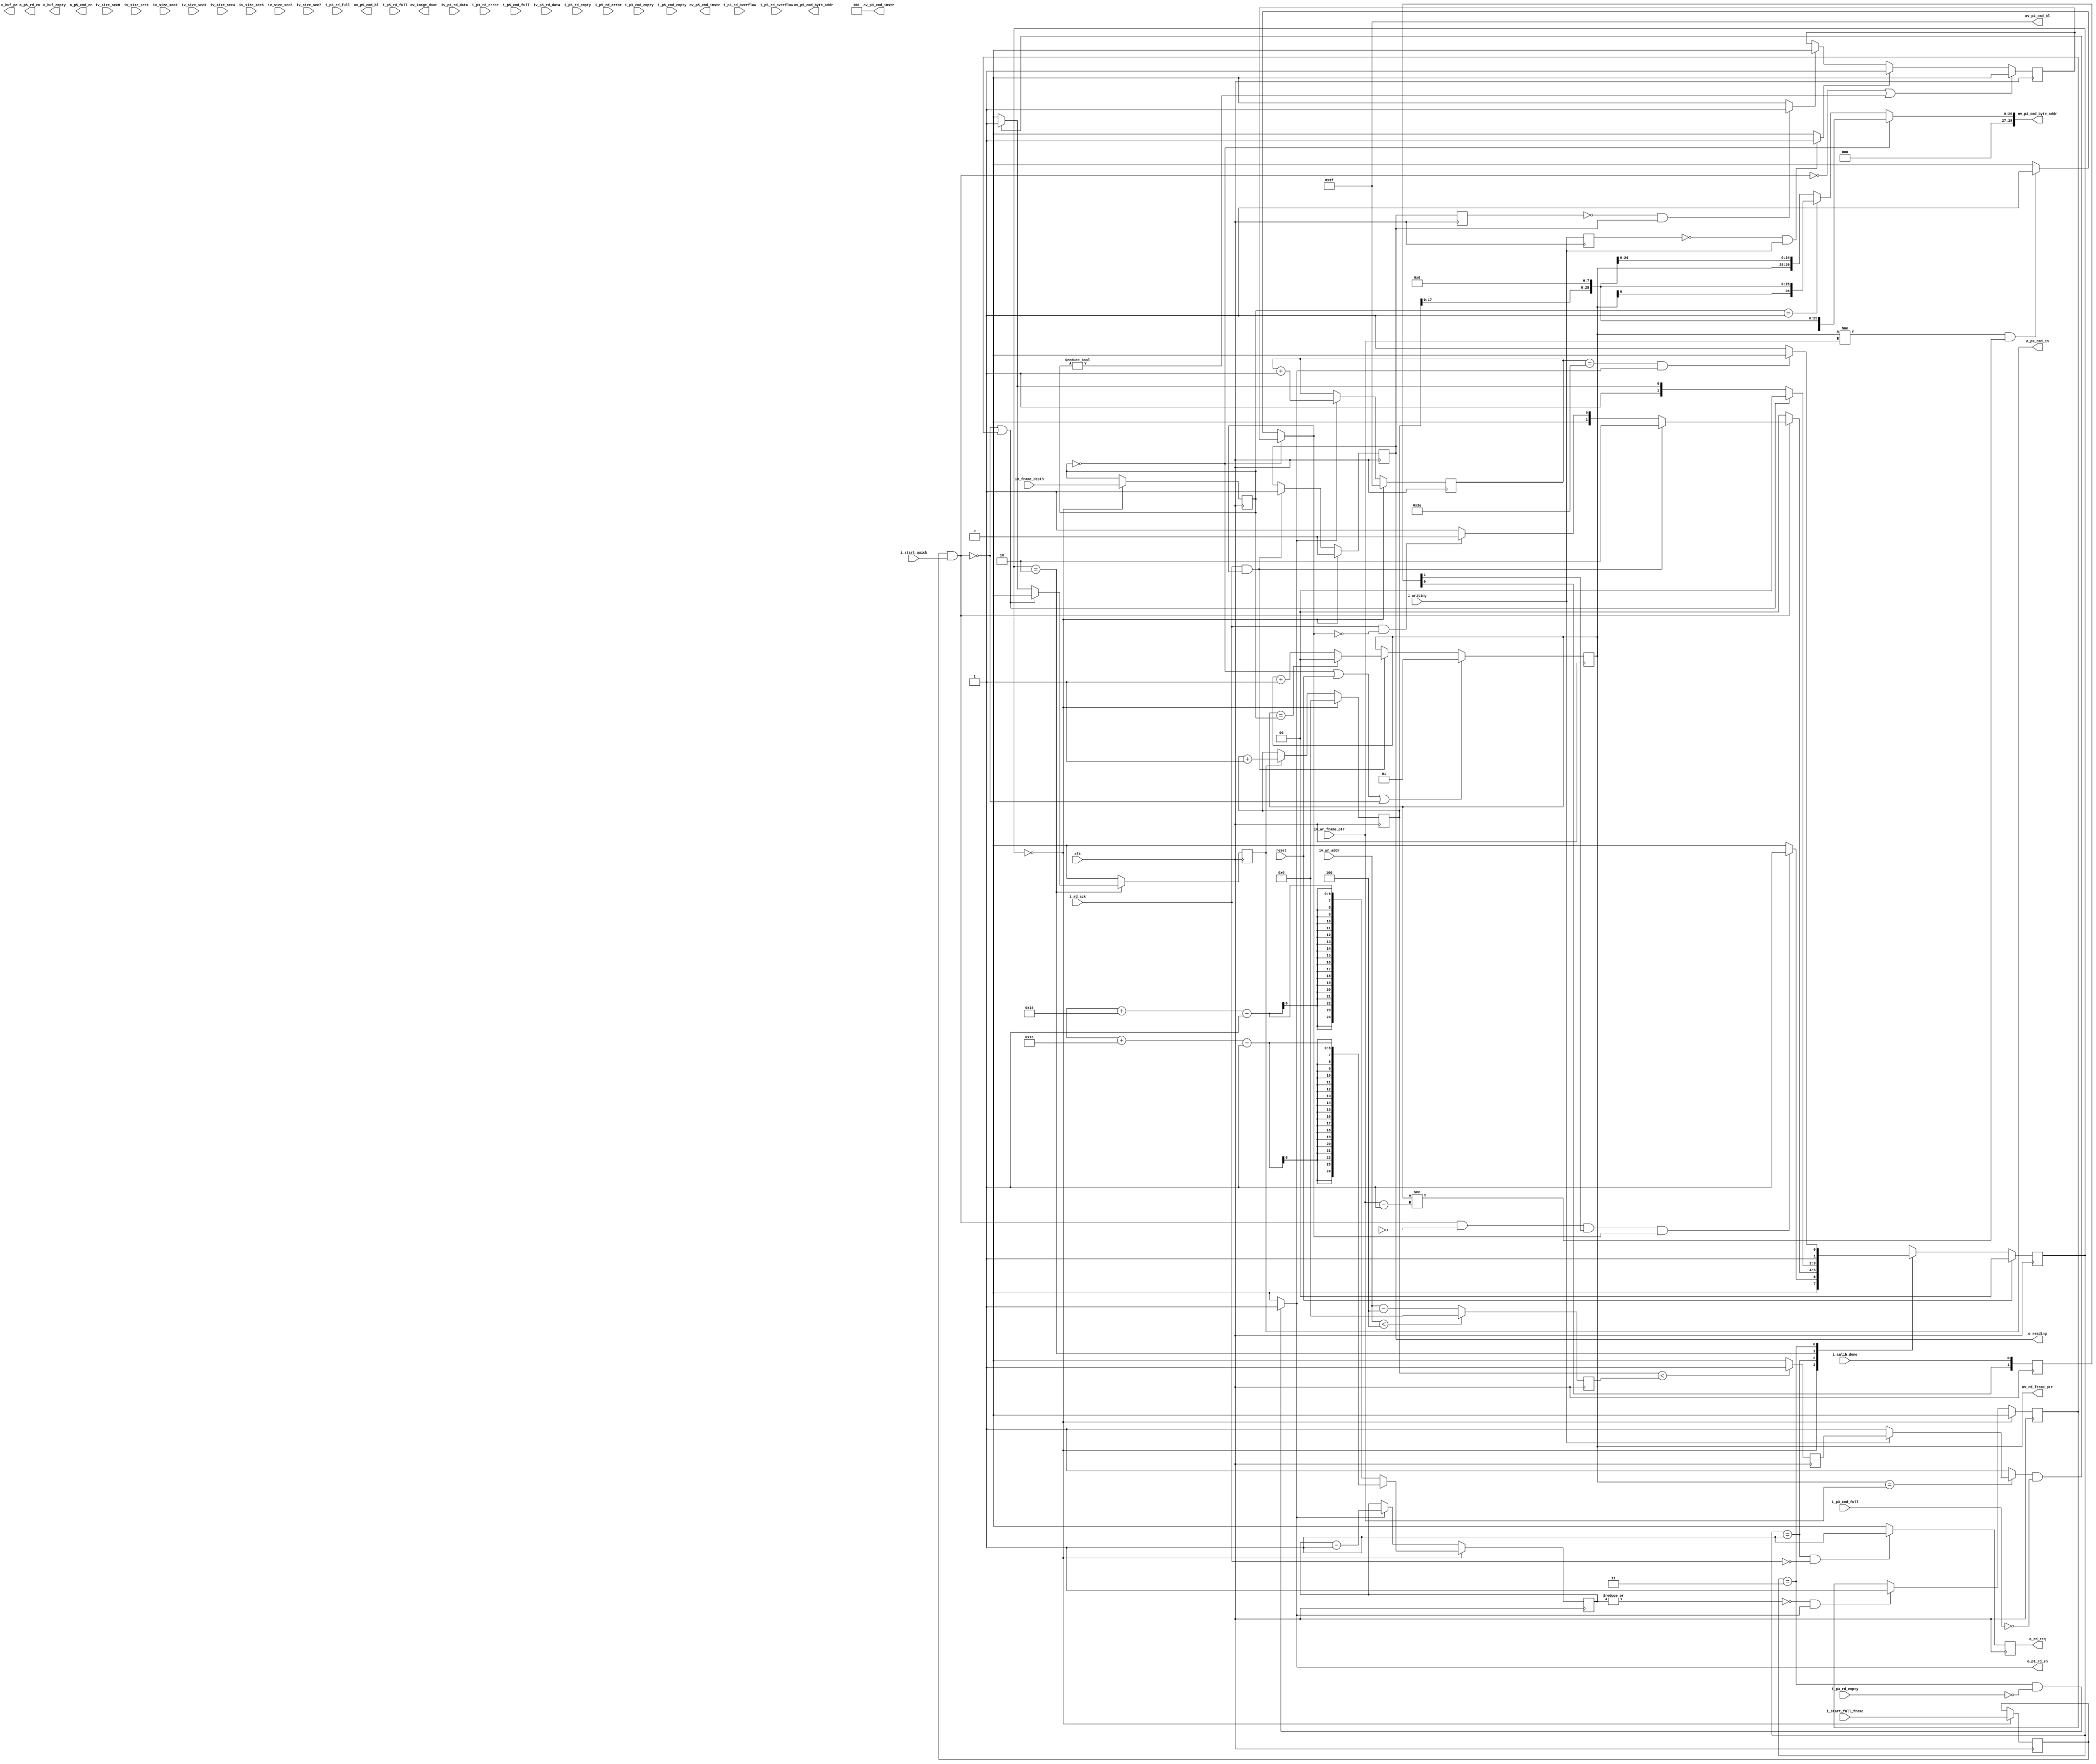
module rd_logic # (
	parameter		DATA_WIDTH			= 32		,	//ݿ
	parameter		PTR_WIDTH			= 2			,	//дָλ1-2֡ 2-4֡ 3-8֡ 4-16֡ 5-32֡
	parameter		RD_WR_WITH_PRE		= "FALSE"	,	//read write command end with precharge command
	parameter		DDR3_MEM_DENSITY	= "1Gb"		,	//DDR3  "1Gb" "512Mb"
	parameter		FRAME_SIZE_WIDTH	= 25		,	//һ֡СλDDR31Gbitʱ128Mbytemcb p3 λ32ʱ25λsize㹻
	parameter		TERRIBLE_TRAFFIC	= "TRUE"	,	//дTRUE-ͬʱдͬ֡ͬһַFALSE-ͬʱдͬһ֡ͬһַ
	parameter		SECTION_NUM			= 4				//ÿһ֡жٸΣÿζһʼַһʹλ
	)
	(
	//  -------------------------------------------------------------------------------------
	//  ʱ
	//  -------------------------------------------------------------------------------------
	input							clk						,	//ʱ
	input							reset					,	//ʱӸλź
	output							o_buf_empty				,	//FIFOգЧ
	output							o_buf_pe				,	//FIFO̿գЧ
	output	[DATA_WIDTH:0]			ov_image_dout			,	//FIFO33bit
	input	[PTR_WIDTH-1:0]			iv_frame_depth			,	//֡
	input							i_start_full_frame		,	//ʹܿأ֤һ֡
	input							i_start_quick			,	//ʹܿأͣ
	input	[18:0]					iv_size_sec0			,	//0εĴС
	input	[18:0]					iv_size_sec1			,	//1εĴС
	input	[18:0]					iv_size_sec2			,	//2εĴС
	input	[18:0]					iv_size_sec3			,	//3εĴС
	input	[18:0]					iv_size_sec4			,	//4εĴС
	input	[18:0]					iv_size_sec5			,	//5εĴС
	input	[18:0]					iv_size_sec6			,	//6εĴС
	input	[18:0]					iv_size_sec7			,	//7εĴС
	//  -------------------------------------------------------------------------------------
	//  ֡湤ʱ
	//  -------------------------------------------------------------------------------------
	output	[PTR_WIDTH-1:0]			ov_rd_frame_ptr			,	//ָ
	output							o_rd_req				,	//󣬸Ч
	input							i_rd_ack				,	//Ч
	output							o_reading				,	//ڶЧ
	input	[PTR_WIDTH-1:0]			iv_wr_frame_ptr			,	//дָ
	input	[18:0]					iv_wr_addr				,	//дַ
	input							i_writing				,	//дź
	//  -------------------------------------------------------------------------------------
	//  MCB˿
	//  -------------------------------------------------------------------------------------
	input							i_calib_done			,	//MCBУ׼ɣЧ

	output							o_p3_cmd_en				,	//MCB CMD дʹܣЧ
	output	[2:0]					ov_p3_cmd_instr			,	//MCB CMD ָ
	output	[5:0]					ov_p3_cmd_bl			,	//MCB CMD ͻ
	output	[29:0]					ov_p3_cmd_byte_addr		,	//MCB CMD ʼַ
	input							i_p3_cmd_empty			,	//MCB CMD գЧ
	input							i_p3_cmd_full			,	//MCB CMD Ч
	output							o_p3_rd_en				,	//MCB RD FIFO дʹܣЧ
	input	[DATA_WIDTH-1:0]		iv_p3_rd_data			,	//MCB RD FIFO 
	input							i_p3_rd_full			,	//MCB RD FIFO Ч
	input							i_p3_rd_empty			,	//MCB RD FIFO գЧ
	input							i_p3_rd_overflow		,	//MCB RD FIFO Ч
	input							i_p3_rd_error			,	//MCB RD FIFO Ч

	output							o_p5_cmd_en				,	//MCB CMD дʹܣЧ
	output	[2:0]					ov_p5_cmd_instr			,	//MCB CMD ָ
	output	[5:0]					ov_p5_cmd_bl			,	//MCB CMD ͻ
	output	[29:0]					ov_p5_cmd_byte_addr		,	//MCB CMD ʼַ
	input							i_p5_cmd_empty			,	//MCB CMD գЧ
	input							i_p5_cmd_full			,	//MCB CMD Ч
	output							o_p5_rd_en				,	//MCB RD FIFO дʹܣЧ
	input	[DATA_WIDTH-1:0]		iv_p5_rd_data			,	//MCB RD FIFO 
	input							i_p5_rd_full			,	//MCB RD FIFO Ч
	input							i_p5_rd_empty			,	//MCB RD FIFO գЧ
	input							i_p5_rd_overflow		,	//MCB RD FIFO Ч
	input							i_p5_rd_error			,	//MCB RD FIFO Ч
	);

	//	ref signals

	//FSM Parameter Define
	parameter	S_IDLE		= 2'd0;
	parameter	S_REQ		= 2'd1;
	parameter	S_CMD		= 2'd2;
	parameter	S_RD		= 2'd3;

	reg		[1:0]	current_state	= S_IDLE;
	reg		[1:0]	next_state		= S_IDLE;

	//FSM for sim
	// synthesis translate_off
	reg		[63:0]		state_ascii;
	always @ ( * ) begin
		case(current_state)
			2'd0 :	state_ascii	<= "S_IDLE";
			2'd1 :	state_ascii	<= "S_REQ";
			2'd2 :	state_ascii	<= "S_CMD";
			2'd3 :	state_ascii	<= "S_RD";
		endcase
	end
	// synthesis translate_on

	//	-------------------------------------------------------------------------------------
	//	̶
	//	1.ָ븴λֵ
	//	--ģʱдָĸλֵ1ָĸλֵ0
	//	2.MCBд
	//	--ĬϲprechargeʡһЩ
	//	-------------------------------------------------------------------------------------
	localparam	RD_FRAME_PTR_RESET_VALUE	= (TERRIBLE_TRAFFIC=="TRUE") ? 1 : 0;
	localparam	RD_CMD_INSTR				= (RD_WR_WITH_PRE=="TRUE") ? 3'b011 : 3'b001;

	reg		[1:0]					calib_done_shift 	= 2'b0;
	reg		[PTR_WIDTH-1:0]			frame_depth_reg 	= 1;
	reg								start_full_frame_int= 1'b0;
	wire							enable				;
	reg								enable_dly			= 1'b0;
	wire							enable_rise			;
	reg		[FRAME_SIZE_WIDTH-1:0]	frame_size_reg 		= {FRAME_SIZE_WIDTH{1'b0}};
	reg								frame_done_reg 		= 1'b0;
	wire							fifo_rd_int			;
	reg								writing_dly 		= 1'b0;
	wire							writing_rise		;
	reg								reading_dly 		= 1'b0;
	reg								reading 			= 1'b0;
	wire							reading_rise		;
	reg								fresh_frame 		= 1'b0;
	reg								able_to_read 		= 1'b0;
	reg		[PTR_WIDTH-1:0]			rd_frame_ptr 		= RD_FRAME_PTR_RESET_VALUE;
	reg								addr_less_int		= 1'b0;
	reg								fifo_rd_reg 		= 1'b0;
	reg		[5:0]					word_cnt 			= 6'b111111;
	reg		[18:0]					rd_addr 			= 19'b0;
	wire	[1:0]					ctrl_bit			;
	reg								rd_req_reg 			= 1'b0;
	reg								reading_reg 		= 1'b0;
	reg		[18:0]					wr_addr_sub 		= 19'b0;
	reg								addr_less 			= 1'b0;
	reg								rd_cmd_reg 			= 1'b0;
	reg								buf_dout32 			= 1'b0;
	reg								buf_dout32_sync 	= 1'b0;

	reg								back_buf_wr_en		= 1'b0;
	reg		[DATA_WIDTH:0]			back_buf_din		= {(DATA_WIDTH+1){1'b0}};


	//	ref ARCHITECTURE

	//	===============================================================================================
	//	ref ***ʱ ȡ***
	//	===============================================================================================
	//  -------------------------------------------------------------------------------------
	//  calib_done  mcb drp clk ʱ
	//  -------------------------------------------------------------------------------------
	always @ (posedge clk) begin
		calib_done_shift	<= {calib_done_shift[0],i_calib_done};
	end

	//	-------------------------------------------------------------------------------------
	//	жwriting
	//	-------------------------------------------------------------------------------------
	always @ (posedge clk) begin
		writing_dly	<= i_writing;
	end
	assign	writing_rise	= (writing_dly==1'b0 && i_writing==1'b1) ? 1'b1 : 1'b0;

	//	-------------------------------------------------------------------------------------
	//	жwriting
	//	-------------------------------------------------------------------------------------
	always @ (posedge clk) begin
		reading_dly	<= reading_reg;
	end
	assign	reading_rise	= (reading_dly==1'b0 && reading_reg==1'b1) ? 1'b1 : 1'b0;

	//	===============================================================================================
	//	ref ***ĴЧʱ***
	//	===============================================================================================
	//	-------------------------------------------------------------------------------------
	//	frame_depth_reg ֡ȼĴ
	//	1.ڿ״̬ frame_depth
	//	-------------------------------------------------------------------------------------
	always @ (posedge clk) begin
		if(current_state==S_IDLE) begin
			frame_depth_reg		<= iv_frame_depth;
		end
	end

	//	-------------------------------------------------------------------------------------
	//	֡С
	//	1.idle״̬Ϣ
	//	--chunkʱleader=52byte trailer=32byte
	//	--رchunkʱleader=52byte trailer=36byte
	//	2.ÿһζ-1
	//	3.һburstݴʵʱframe size regѾ֡־Ҳν
	//	-------------------------------------------------------------------------------------
	always @ (posedge clk) begin
		if(current_state==S_IDLE) begin
			if(!i_chunk_mode_active) begin
				frame_size_reg	<= iv_frame_size + 8'd21 - 1'b1;
			end
			else begin
				frame_size_reg	<= iv_frame_size + 8'd22 - 1'b1;
			end
		end
		else if(fifo_rd_int==1'b1) begin
			frame_size_reg	<= frame_size_reg - 1'b1;
		end
	end

	//  -------------------------------------------------------------------------------------
	//  ֡ʹڲź
	//	1.ֻidle״̬²֡ʹź
	//  -------------------------------------------------------------------------------------
	always @ (posedge clk) begin
		if(current_state==S_IDLE) begin
			start_full_frame_int	<= i_start_full_frame;
		end
	end

	//  -------------------------------------------------------------------------------------
	//	ʹź
	//	1.ʹźŵΪյʹź
	//  -------------------------------------------------------------------------------------
	assign	enable	= start_full_frame_int & i_start_quick;

	//  -------------------------------------------------------------------------------------
	//	ʹź 
	//  -------------------------------------------------------------------------------------
	always @ (posedge clk) begin
		enable_dly	<= enable;
	end
	assign	enable_rise	= (enable_dly==1'b0 && enable==1'b1) ? 1'b1 : 1'b0;

	//	===============================================================================================
	//	ref ***FIFO MCB ***
	//	===============================================================================================
	//	-------------------------------------------------------------------------------------
	//	
	//	1.ڶ״̬ʱ򣬲ſԷ
	//	2.
	//	--ʹܹرջһ֡ʱ
	//	--£ ַ  p3 cmd fifo  ʱԷ
	//	-------------------------------------------------------------------------------------
	always @ (posedge clk) begin
		if(current_state==S_CMD) begin
			if(enable==1'b0 || frame_done_reg==1'b1) begin
				rd_cmd_reg	<= 1'b0;
			end
			else if(addr_less_int==1'b1 && i_p3_cmd_full==1'b0) begin
				rd_cmd_reg	<= 1'b1;
			end
			else begin
				rd_cmd_reg	<= 1'b0;
			end
		end
		else begin
			rd_cmd_reg	<= 1'b0;
		end
	end
	assign	o_p3_cmd_en		= rd_cmd_reg;

	//	-------------------------------------------------------------------------------------
	//	
	//	1.ÿζĳȹ̶Ϊ64
	//	2.֡βһburstݣҪⲿ
	//	-------------------------------------------------------------------------------------
	assign	ov_p3_cmd_bl 	= 6'b111111;

	//	-------------------------------------------------------------------------------------
	//	ָ
	//	1.ݲ壬2ʽ
	//	-------------------------------------------------------------------------------------
	assign	ov_p3_cmd_instr	= RD_CMD_INSTR;

	//  -------------------------------------------------------------------------------------
	//	ַ
	//	1.UG388 pg63 Եֲַϸ
	//	2.ֲַֻddr3ĴСй
	//	3.ÿζдĳ256yteˣ8bit̶Ϊ0
	//	4.512MbĴСַҪһλ
	//	5.֡Ȳһʱÿһ֡Իǲͬ
	//  -------------------------------------------------------------------------------------
	//	-------------------------------------------------------------------------------------
	//	֡2֡
	//	-------------------------------------------------------------------------------------
	generate
		if(PTR_WIDTH==1 && DDR3_MEM_DENSITY=="512Mb") begin
			assign	ov_p3_cmd_byte_addr	=
			(frame_depth_reg==1'd0) ? {{4'b0},rd_addr[17:0],{8'b0}} : 	//֡
			{{4'b0},rd_frame_ptr[0],rd_addr[16:0],{8'b0}}	;			//2֡
		end
		else if(PTR_WIDTH==1 && DDR3_MEM_DENSITY=="1Gb") begin
			assign	ov_p3_cmd_byte_addr	=
			(frame_depth_reg==1'd0) ? {{3'b0},rd_addr[18:0],{8'b0}} : 	//֡
			{{3'b0},rd_frame_ptr[0],rd_addr[17:0],{8'b0}}	;			//2֡
		end
	endgenerate

	//	-------------------------------------------------------------------------------------
	//	֡4֡
	//	-------------------------------------------------------------------------------------
	generate
		if(PTR_WIDTH==2 && DDR3_MEM_DENSITY=="512Mb") begin
			assign	ov_p3_cmd_byte_addr	=
			(frame_depth_reg==2'd0) ? {{4'b0},rd_addr[17:0],{8'b0}} : 					//֡
			(frame_depth_reg==2'd1) ? {{4'b0},rd_frame_ptr[0],rd_addr[16:0],{8'b0}} : 	//2֡
			{{4'b0},rd_frame_ptr[1:0],rd_addr[15:0],{8'b0}}	;							//3 4 ֡
		end
		else if(PTR_WIDTH==2 && DDR3_MEM_DENSITY=="1Gb") begin
			assign	ov_p3_cmd_byte_addr	=
			(frame_depth_reg==2'd0) ? {{3'b0},rd_addr[18:0],{8'b0}} : 					//֡
			(frame_depth_reg==2'd1) ? {{3'b0},rd_frame_ptr[0],rd_addr[17:0],{8'b0}} : 	//2֡
			{{3'b0},rd_frame_ptr[1:0],rd_addr[16:0],{8'b0}}	;							//3 4 ֡
		end
	endgenerate

	//	-------------------------------------------------------------------------------------
	//	֡8֡
	//	-------------------------------------------------------------------------------------
	generate
		if(PTR_WIDTH==3 && DDR3_MEM_DENSITY=="512Mb") begin
			assign	ov_p3_cmd_byte_addr	=
			(frame_depth_reg==3'd0) ? {{4'b0},rd_addr[17:0],{8'b0}} : 												//֡
			(frame_depth_reg==3'd1) ? {{4'b0},rd_frame_ptr[0],rd_addr[16:0],{8'b0}} : 								//2֡
			(frame_depth_reg==3'd2 || frame_depth_reg==3'd3) ? {{4'b0},rd_frame_ptr[1:0],rd_addr[15:0],{8'b0}} :	//3 4 ֡
			{{4'b0},rd_frame_ptr[2:0],rd_addr[14:0],{8'b0}};														//5 - 8 ֡
		end
		else if(PTR_WIDTH==3 && DDR3_MEM_DENSITY=="1Gb") begin
			assign	ov_p3_cmd_byte_addr	=
			(frame_depth_reg==3'd0) ? {{3'b0},rd_addr[18:0],{8'b0}} : 												//֡
			(frame_depth_reg==3'd1) ? {{3'b0},rd_frame_ptr[0],rd_addr[17:0],{8'b0}} : 								//2֡
			(frame_depth_reg==3'd2 || frame_depth_reg==3'd3) ? {{3'b0},rd_frame_ptr[1:0],rd_addr[16:0],{8'b0}} :	//3 4 ֡
			{{3'b0},rd_frame_ptr[2:0],rd_addr[15:0],{8'b0}};														//5 - 8 ֡
		end
	endgenerate

	//	-------------------------------------------------------------------------------------
	//	֡16֡
	//	-------------------------------------------------------------------------------------
	generate
		if(PTR_WIDTH==4 && DDR3_MEM_DENSITY=="512Mb") begin
			assign	ov_p3_cmd_byte_addr	=
			(frame_depth_reg==4'd0) ? {{4'b0},rd_addr[17:0],{8'b0}} : 												//֡
			(frame_depth_reg==4'd1) ? {{4'b0},rd_frame_ptr[0],rd_addr[16:0],{8'b0}} : 								//2֡
			(frame_depth_reg==4'd2 || frame_depth_reg==4'd3) ? {{4'b0},rd_frame_ptr[1:0],rd_addr[15:0],{8'b0}} :	//3 4 ֡
			(frame_depth_reg>=4'd4 && frame_depth_reg<=4'd7) ? {{4'b0},rd_frame_ptr[2:0],rd_addr[14:0],{8'b0}} :	//5 - 8 ֡
			{{4'b0},rd_frame_ptr[3:0],rd_addr[13:0],{8'b0}};														//9 - 16 ֡
		end
		else if(PTR_WIDTH==4 && DDR3_MEM_DENSITY=="1Gb") begin
			assign	ov_p3_cmd_byte_addr	=
			(frame_depth_reg==4'd0) ? {{3'b0},rd_addr[18:0],{8'b0}} : 												//֡
			(frame_depth_reg==4'd1) ? {{3'b0},rd_frame_ptr[0],rd_addr[17:0],{8'b0}} : 								//2֡
			(frame_depth_reg==4'd2 || frame_depth_reg==4'd3) ? {{3'b0},rd_frame_ptr[1:0],rd_addr[16:0],{8'b0}} :	//3 4 ֡
			(frame_depth_reg>=4'd4 && frame_depth_reg<=4'd7) ? {{3'b0},rd_frame_ptr[2:0],rd_addr[15:0],{8'b0}} :	//5 - 8 ֡
			{{3'b0},rd_frame_ptr[3:0],rd_addr[14:0],{8'b0}};														//9 - 16 ֡
		end
	endgenerate

	//	-------------------------------------------------------------------------------------
	//	֡32֡
	//	-------------------------------------------------------------------------------------
	generate
		if(PTR_WIDTH==5 && DDR3_MEM_DENSITY=="512Mb") begin
			assign	ov_p3_cmd_byte_addr	=
			(frame_depth_reg==5'd0) ? {{4'b0},rd_addr[17:0],{8'b0}} : 												//֡
			(frame_depth_reg==5'd1) ? {{4'b0},rd_frame_ptr[0],rd_addr[16:0],{8'b0}} : 								//2֡
			(frame_depth_reg==5'd2 || frame_depth_reg==5'd3) ? {{4'b0},rd_frame_ptr[1:0],rd_addr[15:0],{8'b0}} :	//3 4 ֡
			(frame_depth_reg>=5'd4 && frame_depth_reg<=5'd7) ? {{4'b0},rd_frame_ptr[2:0],rd_addr[14:0],{8'b0}} :	//5 - 8 ֡
			(frame_depth_reg>=5'd8 && frame_depth_reg<=5'd15) ? {{4'b0},rd_frame_ptr[3:0],rd_addr[13:0],{8'b0}} :	//9 - 16 ֡
			{{4'b0},rd_frame_ptr[4:0],rd_addr[12:0],{8'b0}};														//17 - 32 ֡
		end
		else if(PTR_WIDTH==5 && DDR3_MEM_DENSITY=="1Gb") begin
			assign	ov_p3_cmd_byte_addr	=
			(frame_depth_reg==5'd0) ? {{3'b0},rd_addr[18:0],{8'b0}} : 												//֡
			(frame_depth_reg==5'd1) ? {{3'b0},rd_frame_ptr[0],rd_addr[17:0],{8'b0}} : 								//2֡
			(frame_depth_reg==5'd2 || frame_depth_reg==5'd3) ? {{3'b0},rd_frame_ptr[1:0],rd_addr[16:0],{8'b0}} :	//3 4 ֡
			(frame_depth_reg>=5'd4 && frame_depth_reg<=5'd7) ? {{3'b0},rd_frame_ptr[2:0],rd_addr[15:0],{8'b0}} :	//5 - 8 ֡
			(frame_depth_reg>=5'd8 && frame_depth_reg<=5'd15) ? {{3'b0},rd_frame_ptr[3:0],rd_addr[14:0],{8'b0}} :	//9 - 16 ֡
			{{3'b0},rd_frame_ptr[4:0],rd_addr[13:0],{8'b0}};														//17 - 32 ֡
		end
	endgenerate

	//	-------------------------------------------------------------------------------------
	//	mcb rd fifo 
	//	1.rd״̬
	//	2.mcb rd fifo գfifo
	//	-------------------------------------------------------------------------------------
//	assign	fifo_rd_int		= (current_state==S_RD && i_p3_rd_empty==1'b0 && i_buf_full==1'b0) ? 1'b1 : 1'b0;
	assign	fifo_rd_int		= (current_state==S_RD && i_p3_rd_empty==1'b0) ? 1'b1 : 1'b0;
	assign	o_p3_rd_en		= fifo_rd_int;

	//  -------------------------------------------------------------------------------------
	//  MCB fifo дź
	//	1. mcb rd FIFO źͬԴ
	//	2.mcb rd FIFO first word fall throughص㣬յʱ򣬵һѾŵ˿
	//	3.һburstпܻжݶҪΣдfifo
	//	4.⣬ҪдλԱʶ֡ͷ֡β
	//  -------------------------------------------------------------------------------------
	always @ (posedge clk) begin
		if((fifo_rd_int==1'b1 && frame_done_reg==1'b0) || ctrl_bit[1]==1'b1) begin
			back_buf_wr_en	<= 1'b1;
		end
		else begin
			back_buf_wr_en	<= 1'b0;
		end
	end
	assign	o_buf_wr_en	= back_buf_wr_en;

	//	-------------------------------------------------------------------------------------
	//	֡ͷ֡βĿַ
	//	1.һ֡ʼʱctrl_bit=2'b11ʾ֡ͷ
	//	2.һ֡βʱctrl_bit=2'b10ʾ֡β
	//	-------------------------------------------------------------------------------------
	assign	ctrl_bit		= (current_state==S_REQ && i_rd_ack==1'b1 && able_to_read==1'b1) ? 2'b11 :
	(current_state==S_CMD && (enable==1'b0 || frame_done_reg==1'b1)) ? 2'b10 : 2'b00;

	//	-------------------------------------------------------------------------------------
	//	FIFO
	//	1.λ32+1λ image_valid. 1-ͼ 0-
	//	2.ctrl_bit[1]==1˵֡ͷ֡βı־
	//	--дݵbit0ʾ֡ͷ֡βbit0=1 - ֡ͷbit0=0 - ֡β
	//	3.ctrl_bit[1]==0˵ݡ
	//	-------------------------------------------------------------------------------------
	always @ (posedge clk) begin
		if(ctrl_bit[1]) begin
			back_buf_din	<= {1'b0,{(DATA_WIDTH-1){1'b0}},ctrl_bit[0]};
		end
		else begin
			back_buf_din	<= {1'b1,iv_p3_rd_data};
		end
	end
	assign	ov_buf_din	= back_buf_din;

	//  -------------------------------------------------------------------------------------
	//  FIFOλ
	//	1	ڽյʹźЧ֮Ҫģݶˣģͣ
	//	2	֡ģյʹź֮󣬲ܺfifoḴλfifo
	//	3	ֻλ
	//  -------------------------------------------------------------------------------------
	//	//	**************1**************
	//	//	FIFOλ
	//	//	1.λЧ
	//	//	2.1 ģ鴦IDLE״̬ҴʱʹźΪЧ
	//	//	2.2 FIFOѾ
	//	//	2.3	ģѾ֡β
	//	//	2.2 2.3Ǳ֤ڸλFIFO֮ǰģһ֡ݶ
	//	assign	o_reset_back_buf	= (~frame_en_int & back_buf_empty_dly1 & buf_dout32_sync) | reset;

	//	//	**************2**************
	//	//	FIFO״̬ڿ״̬жϵʹȡͻὫFIFO
	//	assign	o_reset_back_buf	= ~frame_en_int;

	//	**************3**************
	assign	o_reset_back_buf	= reset | enable_rise;

	//	===============================================================================================
	//	ref ***ź***
	//	===============================================================================================
	//  -------------------------------------------------------------------------------------
	//  
	//	1.req״̬Ҷ=0ʱ
	//  -------------------------------------------------------------------------------------
	always @ (posedge clk) begin
		if(current_state==S_REQ && i_rd_ack==1'b0) begin
			rd_req_reg	<= 1'b1;
		end
		else begin
			rd_req_reg	<= 1'b0;
		end
	end
	assign	o_rd_req	= rd_req_reg;

	//  -------------------------------------------------------------------------------------
	//  ڶ
	//	1.idle״̬ʱڶź
	//	2.ʱź
	//  -------------------------------------------------------------------------------------
	always @ (posedge clk) begin
		if(current_state==S_IDLE) begin
			reading_reg	<= 1'b0;
		end
		else if(i_rd_ack==1'b1 && able_to_read==1'b1) begin
			reading_reg	<= 1'b1;
		end
	end
	assign	o_reading	= reading_reg;

	//	===============================================================================================
	//	ref ***֡׷ϲ***
	//	===============================================================================================
	//	-------------------------------------------------------------------------------------
	//	ȥ4֮дַ
	//	1.д cmd fifoܻ4˼д˿ڷǰдַ-4ַͲᳬдַ
	//	-------------------------------------------------------------------------------------
	always @ (posedge clk) begin
		if(iv_wr_addr[18:0]<4) begin
			wr_addr_sub	<= 19'b0;
		end
		else begin
			wr_addr_sub	<= iv_wr_addr - 4;
		end
	end

	//	-------------------------------------------------------------------------------------
	//	ַж
	//	1.дͬһ֡ʱ򣬶ַҪСдַ
	//	2.p2ڿգ˵ѾѵǰĶַͳȥ
	//	-------------------------------------------------------------------------------------
	always @ (posedge clk) begin
		if(rd_addr[18:0] < wr_addr_sub[18:0]) begin
			addr_less	<= 1'b1;
		end
		else begin
			addr_less	<= 1'b0;
		end
	end

	//	-------------------------------------------------------------------------------------
	//	ĵַж
	//	1.дָͬʱдaddr_less_int
	//	2.дָͬʱûд
	//	3.дָ벻ͬʱ
	//	-------------------------------------------------------------------------------------
	always @ ( * ) begin
		if(rd_frame_ptr==iv_wr_frame_ptr) begin
			if(i_writing) begin
				addr_less_int	<= addr_less;
			end
			else begin
				addr_less_int	<= 1'b1;
			end
		end
		else begin
			addr_less_int	<= 1'b1;
		end
	end

	//  -------------------------------------------------------------------------------------
	//  ֡߼Уǰ֡ǷЧźš
	//	1.ʹܹرջ֡Ȳ1֡ʱfresh_frame
	//	2.£writingʱfresh_frame=1ʾݿɶ
	//	3.£readingʱfresh_frame=0ʾѾȡǰ֡
	//  -------------------------------------------------------------------------------------
	always @ (posedge clk) begin
		if(!enable || frame_depth_reg!=0) begin
			fresh_frame	<= 1'b0;
		end
		else begin
			if(writing_rise == 1'b1) begin
				fresh_frame	<= 1'b1;
			end
			else if(reading_rise == 1'b1) begin
				fresh_frame	<= 1'b0;
			end
		end
	end

	//	-------------------------------------------------------------------------------------
	//	ӵʱͬʱдͬһ֡
	//	-------------------------------------------------------------------------------------
	generate
		if(TERRIBLE_TRAFFIC=="TRUE") begin
			//	-------------------------------------------------------------------------------------
			//	ź
			//	1.֡ǵ֡ʱfresh_frameǷԶµһ֡
			//	2.֡Ƕ֡ʱָ!=дָҶָ!=дָ-1˵µݿԶҲ뵽дָ
			//	-------------------------------------------------------------------------------------
			always @ ( * ) begin
				if(frame_depth_reg==0) begin
					able_to_read		<= fresh_frame;
				end
				else begin
					if(rd_frame_ptr!=iv_wr_frame_ptr && rd_frame_ptr!=(iv_wr_frame_ptr-1'b1)) begin
						able_to_read	<= 1'b1;
					end
					else begin
						able_to_read	<= 1'b0;
					end
				end
			end
		end
		else begin
			//	-------------------------------------------------------------------------------------
			//	ź
			//	1.֡ǵ֡ʱfresh_frameǷԶµһ֡
			//	2.֡Ƕ֡ʱָ!=дָ룬˵µݿԶͿԶµһ֡
			//	-------------------------------------------------------------------------------------
			always @ ( * ) begin
				if(frame_depth_reg==0) begin
					able_to_read		<= fresh_frame;
				end
				else begin
					if(rd_frame_ptr!=iv_wr_frame_ptr) begin
						able_to_read	<= 1'b1;
					end
					else begin
						able_to_read	<= 1'b0;
					end
				end
			end
		end
	endgenerate

	//	===============================================================================================
	//	ref ***ݡַ***
	//	===============================================================================================
	//	-------------------------------------------------------------------------------------
	//	word_cnt һburst
	//	1.һburstļ64
	//	2.ҪжresetΪreset=1ͻidle״̬
	//	3.һ֡ʼʱռrd_adddrһͬ㡣
	//	-------------------------------------------------------------------------------------
	always @ (posedge clk) begin
		if(current_state==S_IDLE) begin
			word_cnt	<= 6'b111111;
		end
		else if(fifo_rd_int == 1'b1) begin
			word_cnt	<= word_cnt + 1'b1;
		end
	end

	//	-------------------------------------------------------------------------------------
	//	һ֡ź
	//	1.idleʱframe_done_reg=0
	//	2.ݶʱframe_done_reg=1
	//	-------------------------------------------------------------------------------------
	always @ (posedge clk) begin
		if(current_state==S_IDLE) begin
			frame_done_reg	<= 1'b0;
		end
		else if(|frame_size_reg==1'b0 && fifo_rd_int==1'b1) begin
			frame_done_reg	<= 1'b1;
		end
	end

	//  -------------------------------------------------------------------------------------
	//  RD ADDR
	//	1.idleʱַλ
	//	2.ÿ1ַۼ
	//  -------------------------------------------------------------------------------------
	always @ (posedge clk) begin
		if(current_state==S_IDLE) begin
			rd_addr	<= 19'b0;
		end
		else if(rd_cmd_reg==1'b1) begin
			rd_addr	<= rd_addr + 1'b1;
		end
	end

	//	-------------------------------------------------------------------------------------
	//	ָ߼
	//	1.֡1֡߸λźЧʹЧʱָ븴λ
	//	2.£д=1ҿԶ(дָ벻һ)ָ
	//	-------------------------------------------------------------------------------------
	always @ (posedge clk) begin
		if(frame_depth_reg==0 || reset==1'b1 || enable==1'b0) begin
			rd_frame_ptr	<= RD_FRAME_PTR_RESET_VALUE;
		end
		else begin
			if(i_rd_ack==1'b1 && able_to_read==1'b1) begin
				if(rd_frame_ptr==frame_depth_reg) begin
					rd_frame_ptr	<= 0;
				end
				else begin
					rd_frame_ptr	<= rd_frame_ptr + 1'b1;
				end
			end
		end
	end
	assign	ov_rd_frame_ptr		= rd_frame_ptr;

	//  -------------------------------------------------------------------------------------
	//	ref FSM ״̬߼
	//  -------------------------------------------------------------------------------------
	//FSM Sequential Logic
	always @ (posedge clk) begin
		if(reset==1'b1) begin
			current_state	<= S_IDLE;
		end
		else begin
			current_state	<= next_state;
		end
	end

	//FSM Conbinatial Logic
	always @ ( * ) begin
		case(current_state)
			//	-------------------------------------------------------------------------------------
			//	IDLE״̬
			//	1.ʼһ֡дĳҪһ
			//	--ʹܴ
			//	--fifo㹻256byte
			//	--DDR3У
			//	--able_to_read һԭǱ IDLE״̬REQ״̬Ƶת
			//	2.״ֻ̬֮һ֡˻߸λܻصIDLE״̬
			//	-------------------------------------------------------------------------------------
			S_IDLE :
			if(enable==1'b1 && i_buf_pf==1'b0 && calib_done_shift[1]==1'b1 && able_to_read==1'b1) begin
				next_state	<= S_REQ;
			end
			else begin
				next_state	<= S_IDLE;
			end
			//	-------------------------------------------------------------------------------------
			//	״̬
			//	1.Ϊ˱дͬʱ빤״̬ҪJUDGEģ
			//	2.ACK1clkжϣݵǰĶд״̬֡ԣǷпɶ֡
			//	3.ʹʱidle
			//	4.ʹʱ
			//	--ԶCMD״̬
			//	--ܶ򷵻idle
			//	5.judgeûзȴ
			//	-------------------------------------------------------------------------------------
			S_REQ :
			if(!enable) begin
				next_state	<= S_IDLE;
			end
			else begin
				if(i_rd_ack==1'b1 && able_to_read==1'b1) begin
					next_state	<= S_CMD;
				end
				else if(i_rd_ack==1'b1 && able_to_read==1'b0) begin
					next_state	<= S_IDLE;
				end
				else begin
					next_state	<= S_REQ;
				end
			end
			//	-------------------------------------------------------------------------------------
			//	״̬
			//	1.ʹܹرջһ֡ʱ򣬲Ҫصidle״̬
			//	2.ʹܴʱ
			//	--дͬһַ֡ҪСдַ(addr_less_int)
			//	--p3 cmd fifo 
			//	-------------------------------------------------------------------------------------
			S_CMD :
			if(enable==1'b0 || frame_done_reg==1'b1) begin
				next_state	<= S_IDLE;
			end
			else begin
				if(addr_less_int==1'b1 && i_p3_cmd_full==1'b0) begin
					next_state	<= S_RD;
				end
				else begin
					next_state	<= S_CMD;
				end
			end
			//	-------------------------------------------------------------------------------------
			//	״̬
			//	1.MCBеݶ֮󣬷cmd״̬
			//	2.ûж꣬
			//	3.rd״̬жһ֡Ƿֻ꣬cmd״̬ж
			//	-------------------------------------------------------------------------------------
			S_RD :
			if(word_cnt==6'b111110 && fifo_rd_int==1'b1) begin
				next_state	<= S_CMD;
			end
			else begin
				next_state	<= S_RD;
			end
			default :
			next_state	<= S_IDLE;
		endcase
	end


endmodule